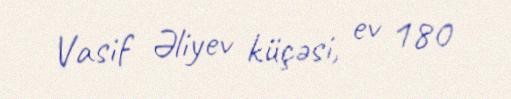
Vasif Əliyev küçəsi, ev 180